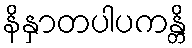
နိနှာတပါပကန္တိ